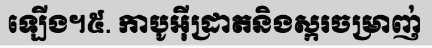
ឡើង។៥. កាបូអ៊ីដ្រាតនិងស្ករចម្រាញ់